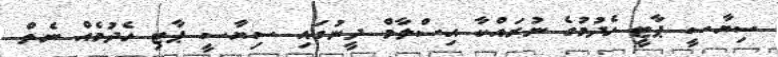
ސިޔާސީ ޕާޓީ ހެދުމުގެ ނުރައްކާ އިސްލާމް ދީނުގައި ސިޔާސީ ޕާޓި ހެދުމެއް ނެތް